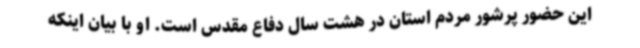
این حضور پرشور مردم استان در هشت سال دفاع مقدس است. او با بیان اینکه